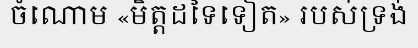
ចំណោម «មិត្តដទៃទៀត» របស់ទ្រង់